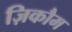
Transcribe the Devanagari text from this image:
ज़िकौम